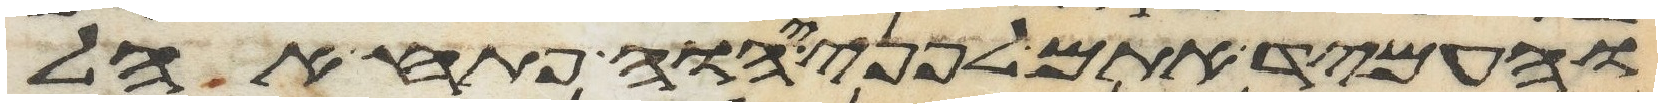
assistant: והעמיד אתם לפני יהוה פתח אהל